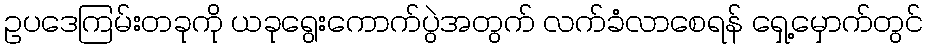
ဥပဒေကြမ်းတခုကို ယခုရွေးကောက်ပွဲအတွက် လက်ခံလာစေရန် ရှေ့မှောက်တွင်